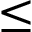
\leq